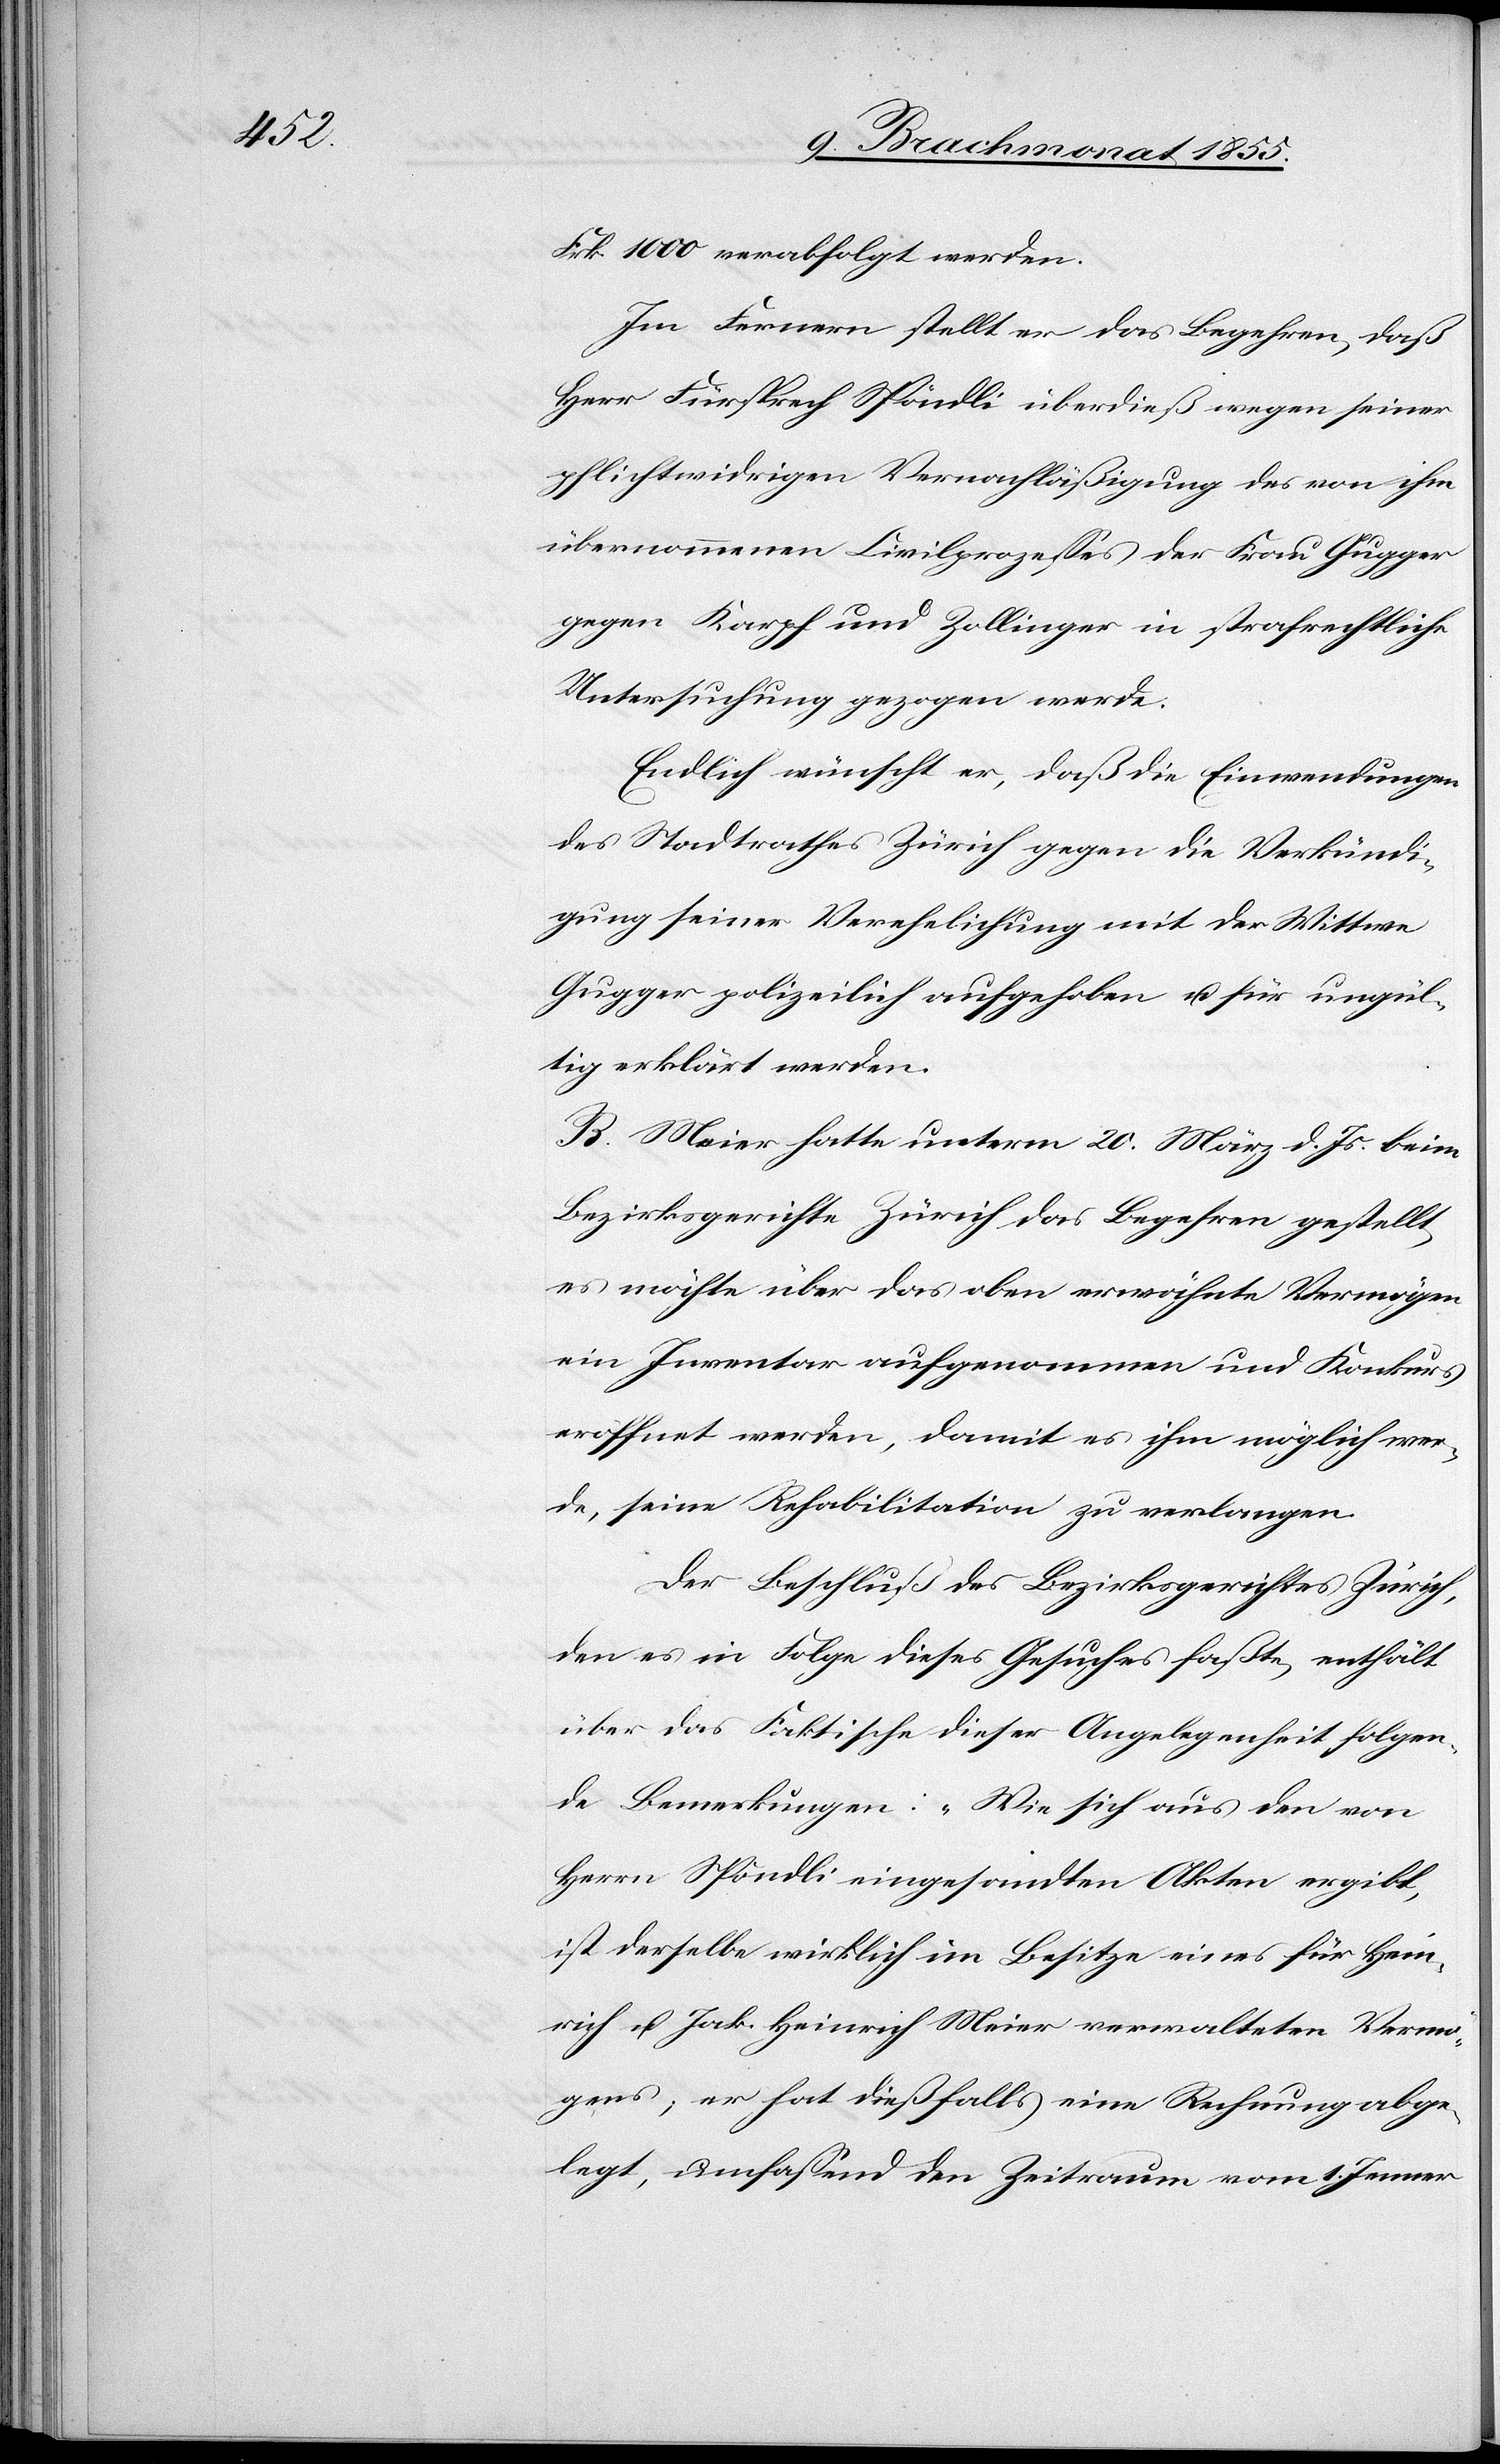
Frk. 1000 verabfolgt werden.
Im Fernern stellt er das Begehren, daß
Herr Fürsprech Spöndli überdieß wegen seiner
pflichtwidrigen Vernachläßigung des von ihm
übernommenen Civilprozesses der Frau Gugger
gegen Karpf und Zollinger in strafrechtliche
Untersuchung gezogen werde.
Endlich wünscht er, daß die Einwendungen
des Stadtrathes Zürich gegen die Verkündi¬
gung seiner Verehelichung mit der Wittwe
Gugger polizeilich aufgehoben u. für ungül¬
tig erklärt werden.
B. Meier hatte unterm 20. März d. Js. beim
Bezirksgerichte Zürich das Begehren gestellt,
es möchte über das oben erwähnte Vermögen
ein Inventar aufgenommen und Konkurs
eröffnet werden, damit es ihm möglich wer¬
de, seine Rehabilitation zu verlangen.
Der Beschluß des Bezirksgerichtes Zürich,
den es in Folge dieses Gesuches faßte, enthält
über das Faktische dieser Angelegenheit folgen¬
de Bemerkungen: „Wie sich aus den von
Herrn Spöndli eingesandten Akten ergibt,
ist derselbe wirklich im Besitze eines für Hein¬
rich u. Jak. Heinrich Meier verwalteten Vermö¬
gens; er hat dießfalls eine Rechnung abge¬
legt, umfassend den Zeitraum vom 1. Jenner